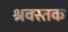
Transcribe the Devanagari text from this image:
श्रवस्तक